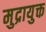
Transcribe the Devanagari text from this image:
मुद्रायुक्त